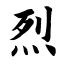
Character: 烈